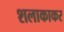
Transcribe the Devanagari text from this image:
शलाकाकर